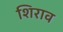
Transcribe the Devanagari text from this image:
शिराव